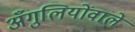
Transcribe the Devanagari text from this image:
अँगुलियोंवाले